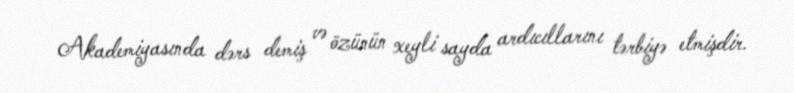
Akademiyasında dərs demiş və özünün xeyli sayda ardıcıllarını tərbiyə etmişdir.